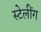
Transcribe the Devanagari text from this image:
स्टेलींग